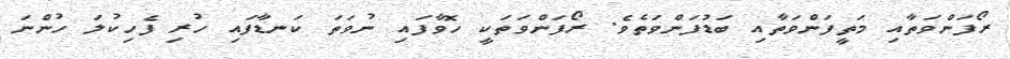
ރޯފަންވަތާއި މަތީފަންވަތާއި ބަޑުފަންވަތެވެ. ރޯފަންވަތަކީ ހޮވާފައި ނުވަތަ ކަނޑާފައި ހުރި ފެހިކުލަ ހުންނަ